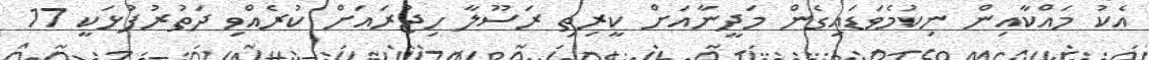
އެކު މައްކާއިން ނިކުމެވަޑައިގެން މަދީނާއަށް ކީރިތި ރަސޫލާ ހިޖުރައަށް ކުރެއްވި ދަތުރުފުޅަކީ 17